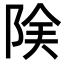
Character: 𨹩